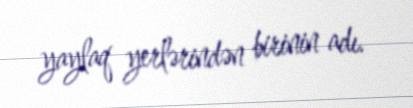
yaylaq yerlərindən birinin adı.